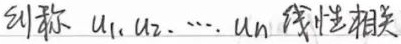
则称 \(u_1, u_2, \cdots, u_n\) 线性相关